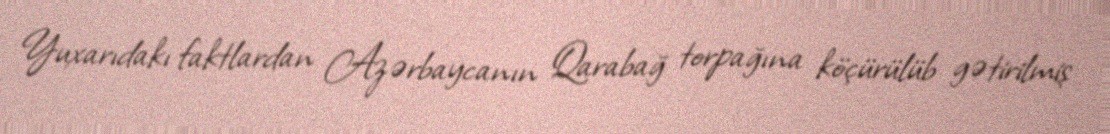
Yuxarıdakı faktlardan Azərbaycanın Qarabağ torpağına köçürülüb gətirilmiş